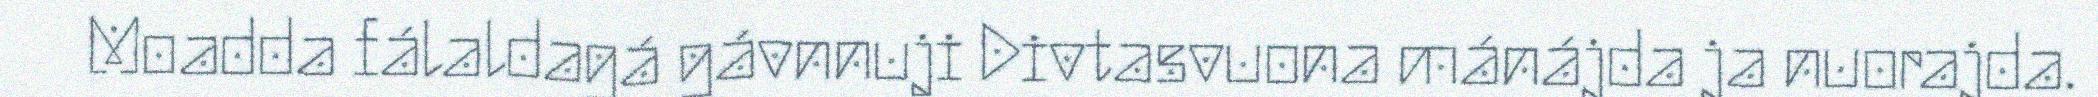
Moadda fálaldagá gávnnuji Divtasvuona mánájda ja nuorajda.